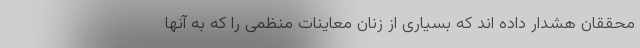
محققان هشدار داده اند که بسیاری از زنان معاینات منظمی را که به آنها